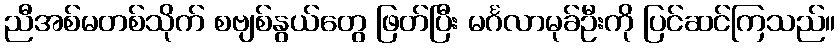
ညီအစ်မတစ်သိုက် စဗျစ်နွယ်တွေ ဖြတ်ပြီး မင်္ဂလာမုခ်ဦးကို ပြင်ဆင်ကြသည်။